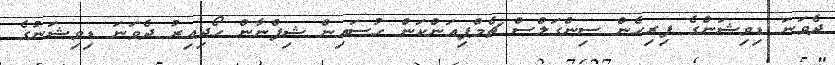
ދެވަނަ ޑިވިޝަންގެ ފިރިހެން ސިންގަލްސް ޗެމްޕިއަންކަން ހުސައިން ޝިފްނާން ހޯދިއިރު ދެވަނަ ޑިވިޝަނުގެ